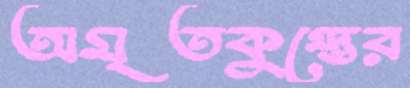
অমৃতকুম্ভের